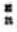
: